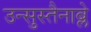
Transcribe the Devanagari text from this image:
उन्सुस्तैनाब्ले